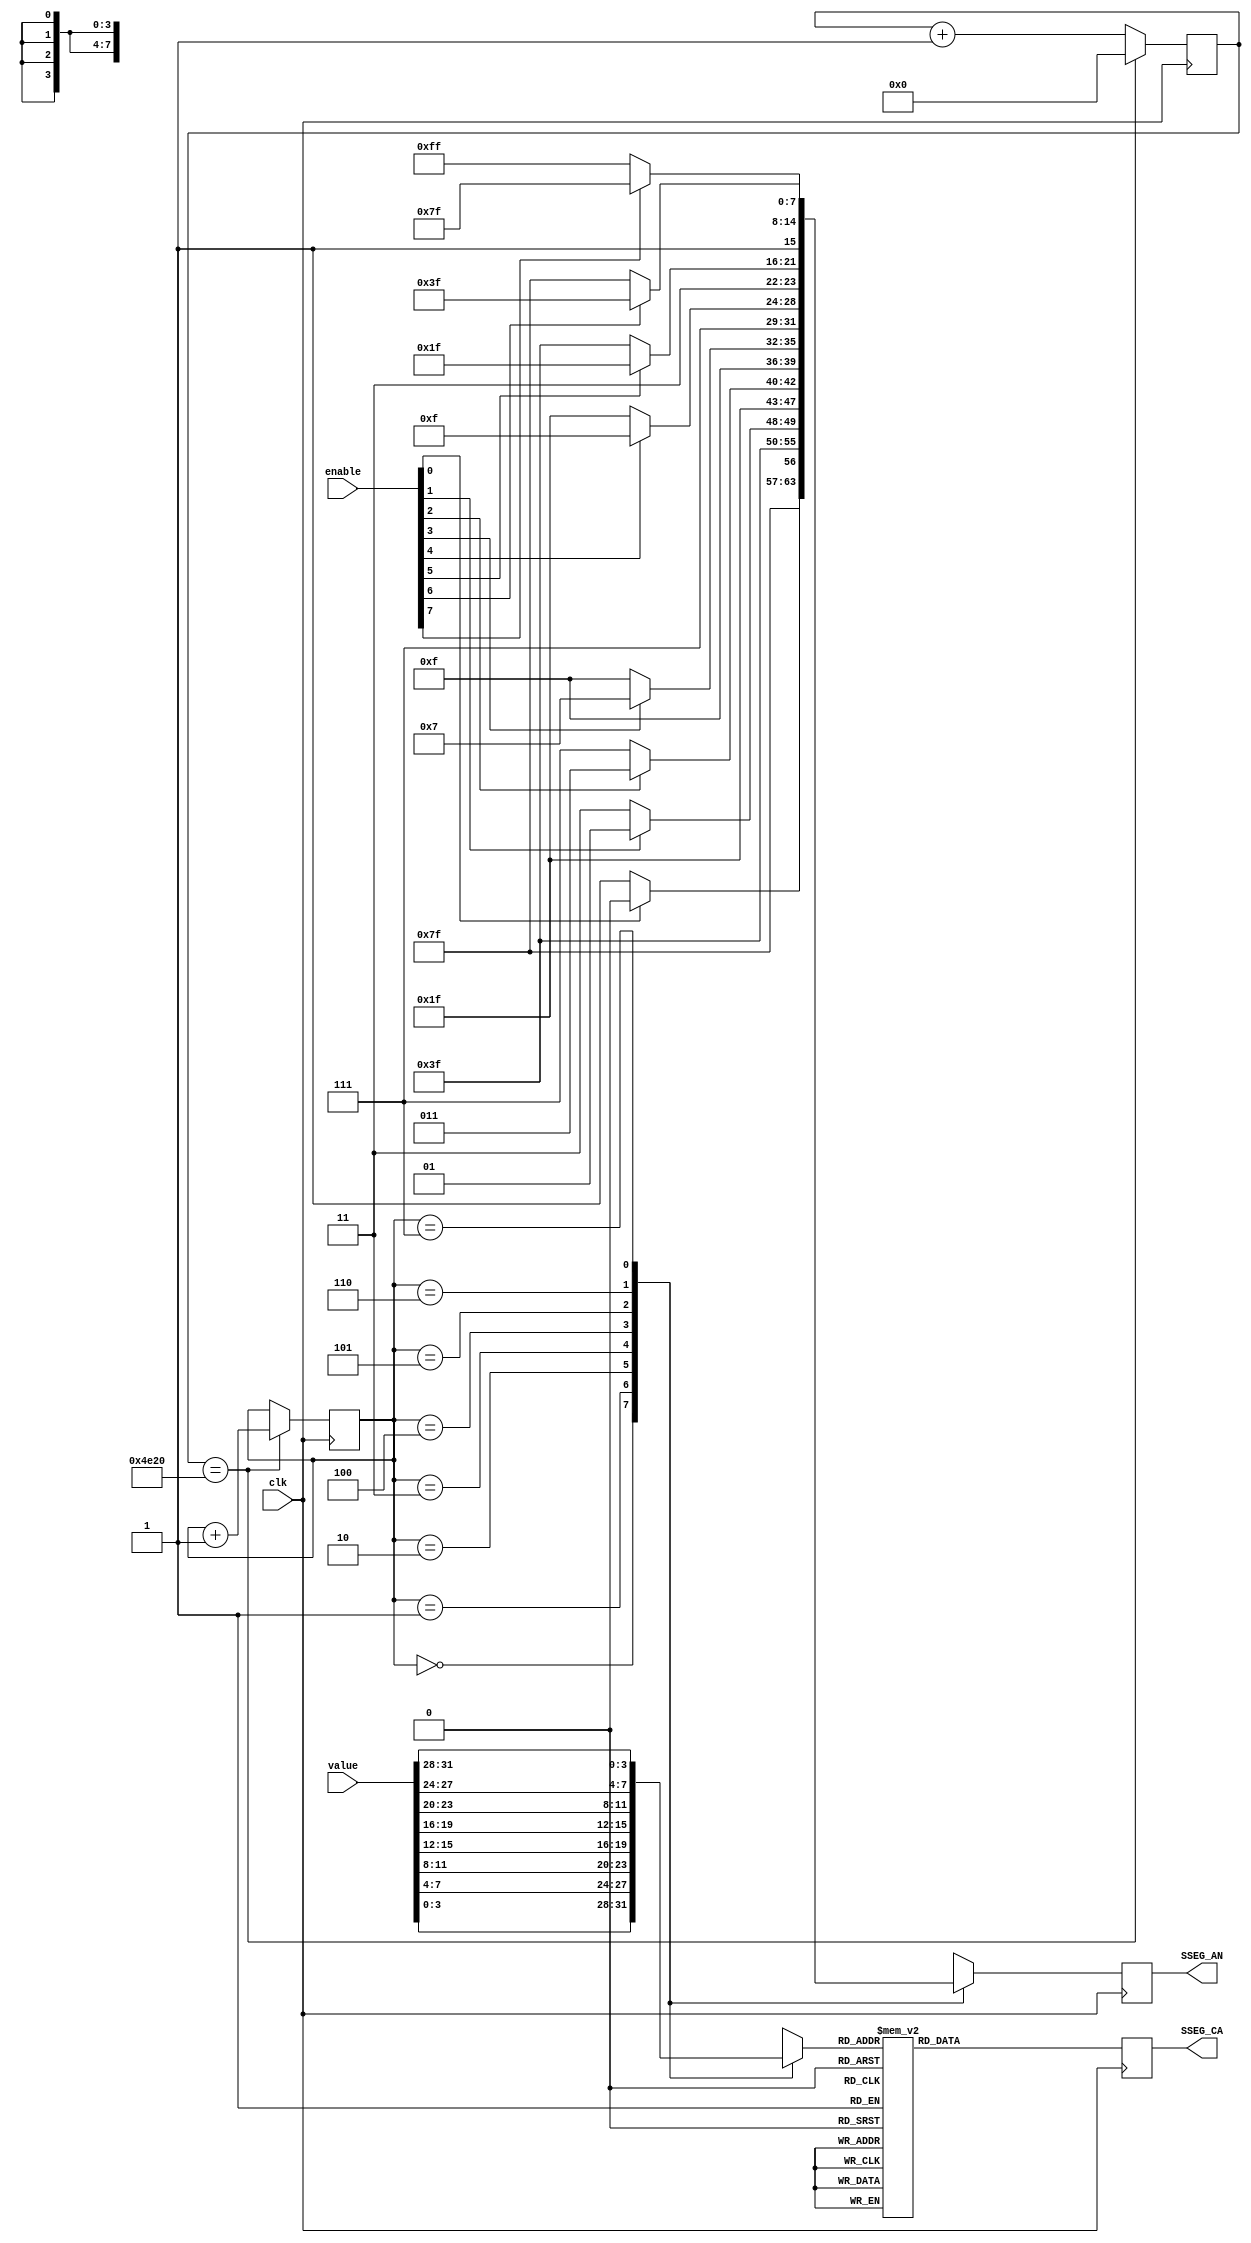
// Copyright (c) 2012-2013 Ludvig Strigeus
// This program is GPL Licensed. See COPYING for the full license.

module LedDriver(input clk,
                 input [31:0] value,
                 input [7:0] enable,
                 output reg [7:0] SSEG_CA,
                 output reg [7:0] SSEG_AN);
  reg [2:0] state;
  reg [3:0] digit;
  reg [16:0] timer;
  
  // Each digit should be displayed for 1 ms. 1 ms = ~20000 cycles.
  always @(posedge clk) begin
    timer <= timer + 1;
    if (timer == 20000) begin
      timer <= 0;
      state <= state + 1;
    end
    case (state)
    0: begin SSEG_AN <= enable[0] ? 8'b11111110 : 8'b11111111; digit = value[3:0];  end
    1: begin SSEG_AN <= enable[1] ? 8'b11111101 : 8'b11111111; digit = value[7:4];  end
    2: begin SSEG_AN <= enable[2] ? 8'b11111011 : 8'b11111111; digit = value[11:8]; end
    3: begin SSEG_AN <= enable[3] ? 8'b11110111 : 8'b11111111; digit = value[15:12];end
    4: begin SSEG_AN <= enable[4] ? 8'b11101111 : 8'b11111111; digit = value[19:16];end
    5: begin SSEG_AN <= enable[5] ? 8'b11011111 : 8'b11111111; digit = value[23:20];end
    6: begin SSEG_AN <= enable[6] ? 8'b10111111 : 8'b11111111; digit = value[27:24];end
    7: begin SSEG_AN <= enable[7] ? 8'b01111111 : 8'b11111111; digit = value[31:28];end
    endcase
    case (digit)
    0: SSEG_CA  <= 8'b11000000;
    1: SSEG_CA  <= 8'b11111001;
    2: SSEG_CA  <= 8'b10100100;
    3: SSEG_CA  <= 8'b10110000;
    4: SSEG_CA  <= 8'b10011001;
    5: SSEG_CA  <= 8'b10010010;
    6: SSEG_CA  <= 8'b10000010;
    7: SSEG_CA  <= 8'b11111000;
    8: SSEG_CA  <= 8'b10000000;
    9: SSEG_CA  <= 8'b10010000;
    10: SSEG_CA <= 8'b10001000; // A
    11: SSEG_CA <= 8'b10000011; // b
    12: SSEG_CA <= 8'b10100111; // c
    13: SSEG_CA <= 8'b10100001; // d
    14: SSEG_CA <= 8'b10000110; // E
    15: SSEG_CA <= 8'b10001110; // F
    endcase
  end
endmodule